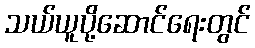
သယ်ယူပို့ဆောင်ရေးတွင်